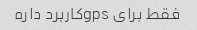
فقط برای gpsکاربرد داره